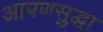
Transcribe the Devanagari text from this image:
आपणसुद्धा